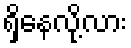
ရှိနေလို့လား